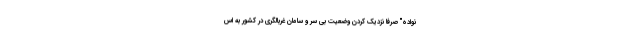
نواده" صرفا نزدیک کردن وضعیت بی سر و سامان غربالگری در کشور به اس